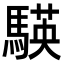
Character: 𮪒